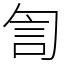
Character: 訇